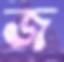
জ